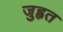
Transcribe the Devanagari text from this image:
जुह्वत